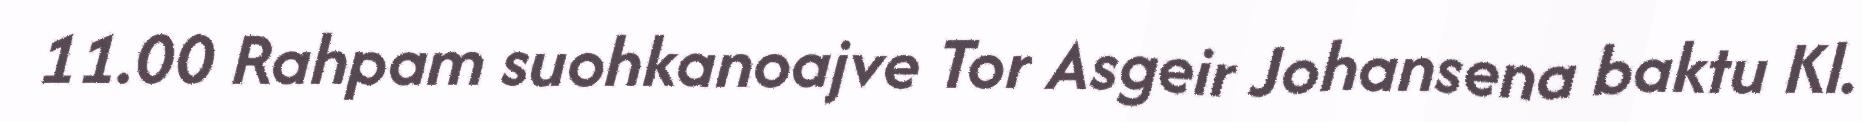
11.00 Rahpam suohkanoajve Tor Asgeir Johansena baktu Kl.